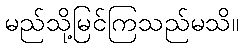
မည်သို့မြင်ကြသည်မသိ။